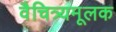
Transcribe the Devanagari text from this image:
वैचित्र्यमूलक